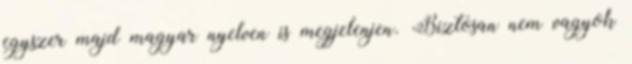
egyszer majd magyar nyelven is megjelenjen. Biztosan nem vagyok